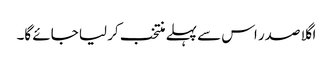
اگلا صدر اس سے پہلے منتخب کر لیا جائے گا۔